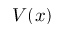
V ( x )